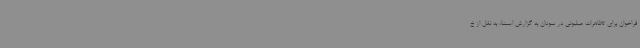
فراخوان برای تظاهرات میلیونی در سودان به گزارش ایسنا، به نقل از خ